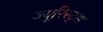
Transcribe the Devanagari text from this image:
ज्यूरिस्ट्स